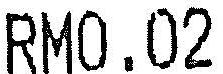
RM0.02